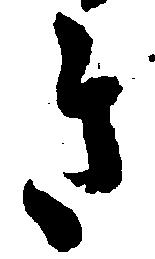
き